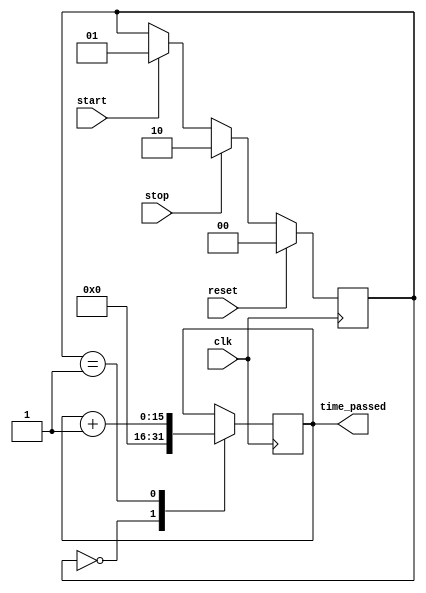
//state 0, time_passed=0;
//state 1, time_passed++;
//state 2, time_passed hold;
module timer_16 (clk, start, stop, reset, time_passed);
	input clk, start, stop, reset;
	output reg [15:0] time_passed;
	
	reg [1:0] state; //count & ~count states
	initial state=2'b0;
	always @ (posedge clk) begin
		if(start==1'b1) begin
			state<=2'b01;
		end
		if(stop==1'b1) begin
			state<=2'b10;
		end
		if(reset==1'b1) begin
			state<=1'b0;
		end
	end
	
	
	always @ (posedge clk) begin
		case (state)
			2'b00:	time_passed<=0;
			2'b01:	time_passed<=time_passed+1'b1;
			2'b10:	;
			
			default: ;
		endcase
	end
	
endmodule